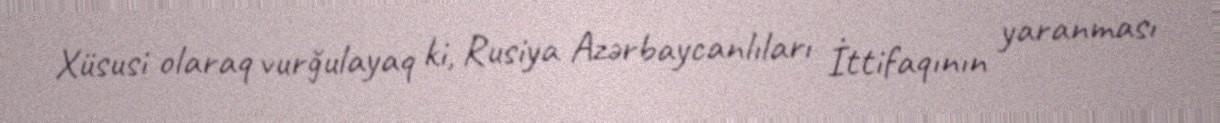
Xüsusi olaraq vurğulayaq ki, Rusiya Azərbaycanlıları İttifaqının yaranması